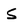
Character: S